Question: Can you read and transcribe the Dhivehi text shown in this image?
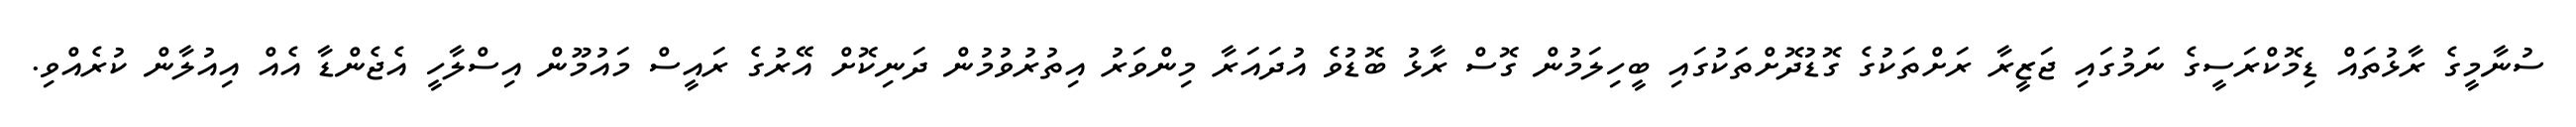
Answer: ސުނާމީގެ ރާޅުތައް ޑިމޮކްރަސީގެ ނަމުގައި ޖަޒީރާ ރަށްތަކުގެ ގޮޑުދޮށްތަކުގައި ބީހިލަމުން ގޮސް ރާޅު ބޮޑުވެ އުދައަރާ މިންވަރު އިތުރުވުމުން ދަނިކޮށް އޭރުގެ ރައީސް މައުމޫން އިސްލާހީ އެޖެންޑާ އެއް އިއުލާން ކުރެއްވި.